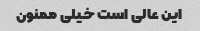
این عالی است خیلی ممنون